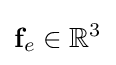
\mathbf {f} _{e}\in \mathbb {R} ^{3}